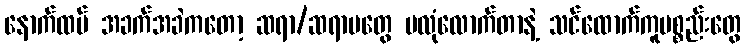
နောက်ထပ် အခက်အခဲကတော့ ဆရာ/ဆရာမတွေ မလုံလောက်တာနဲ့ သင်ထောက်ကူပစ္စည်းတွေ